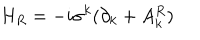
LaTeX: H _ { R } = - i \sigma ^ { k } ( \partial _ { k } + A _ { k } ^ { R } )